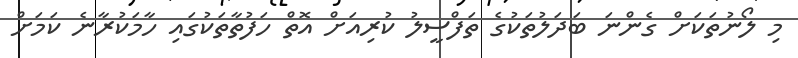
މި ލޯނުތަކަށް ގެންނަ ބަދަލުތަކުގެ ތަފްސީލު ކުރިއަށް އޮތް ހަފުތާތަކުގައި ހާމަކުރާނެ ކަމަށް